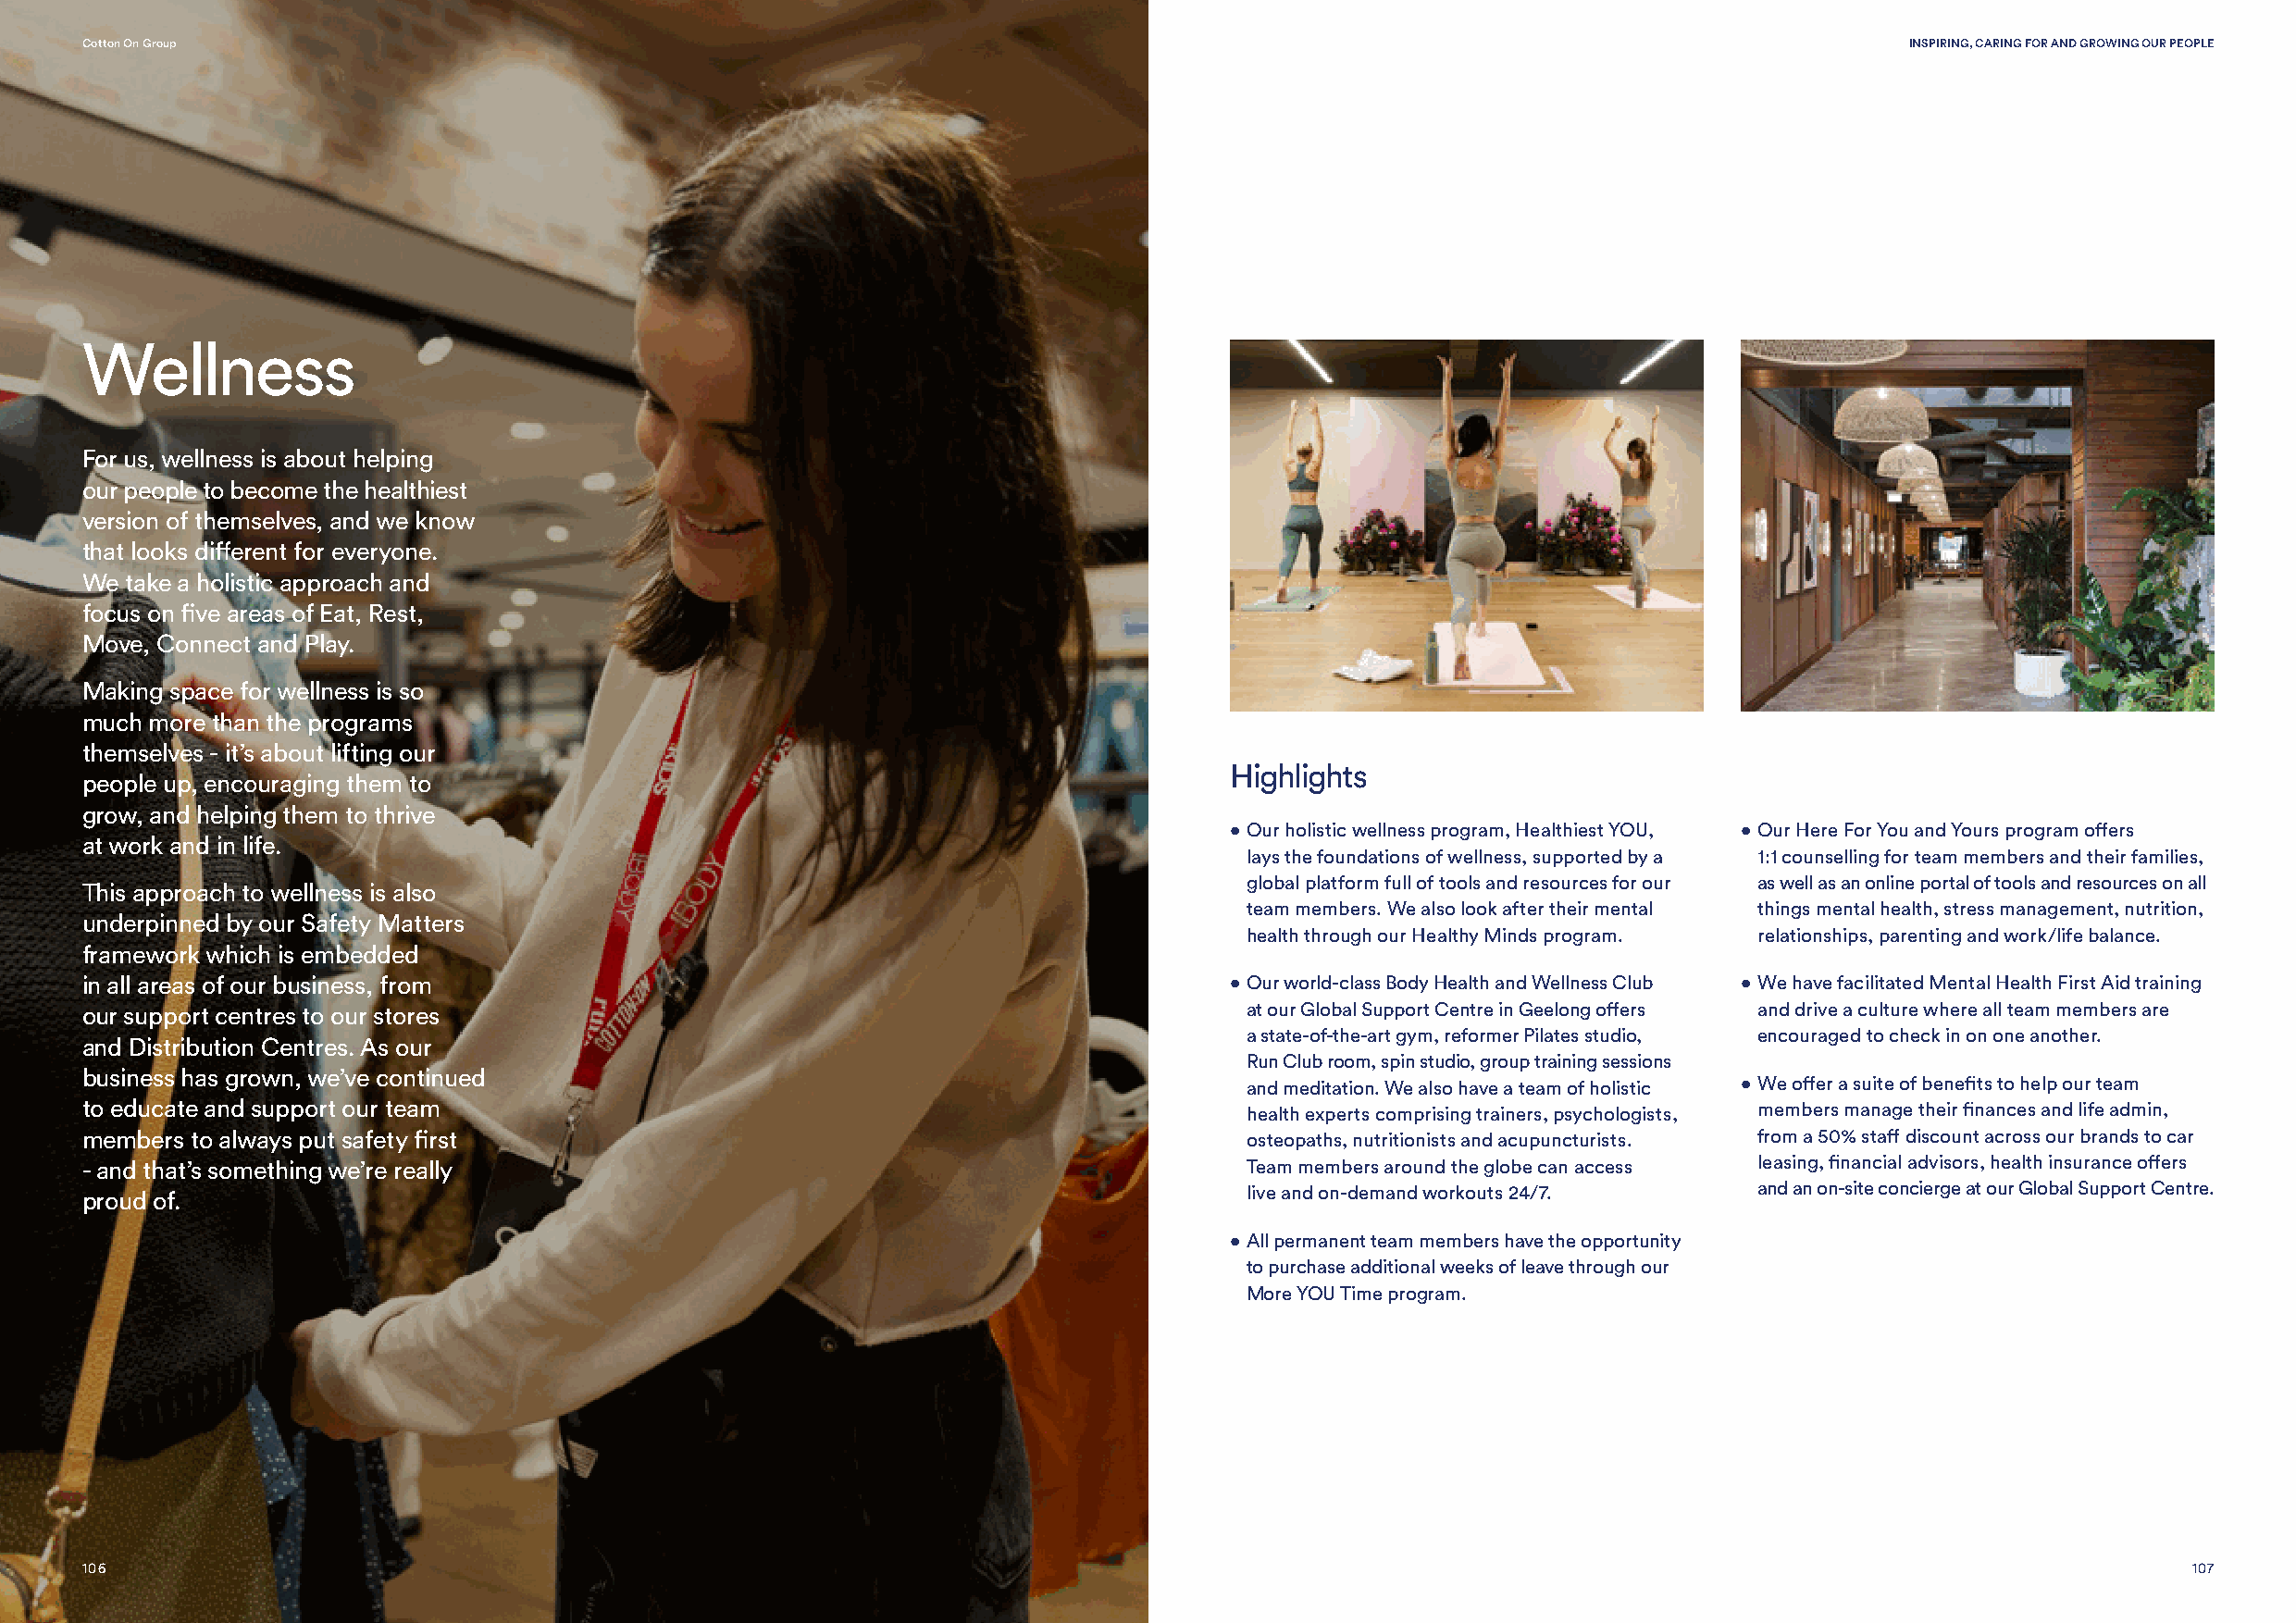
Cotton On Group                                                                                                                    INSPIRING, CARING FOR AND GROWING OUR PEOPLE
 Wellness
 For us, wellness is about helping
 our people to become the healthiest
 version of themselves, and we know
 that looks different for everyone.
 We take a holistic approach and
 focus on five areas of Eat, Rest,
 Move, Connect and Play.
 Making space for wellness is so
 much more than the programs
 themselves - it’s about lifting our
 Highlights
 people up, encouraging them to
 grow, and helping them to thrive
 • Our holistic wellness program, Healthiest YOU, • Our Here For You and Yours program offers
 at work and in life.
 lays the foundations of wellness, supported by a 1:1 counselling for team members and their families,
 global platform full of tools and resources for our as well as an online portal of tools and resources on all
 This approach to wellness is also
 team members. We also look after their mental things mental health, stress management, nutrition,
 underpinned by our Safety Matters
 health through our Healthy Minds program. relationships, parenting and work/life balance.
 framework which is embedded
 in all areas of our business, from                                                • Our world-class Body Health and Wellness Club • We have facilitated Mental Health First Aid training
 our support centres to our stores                                                  at our Global Support Centre in Geelong offers and drive a culture where all team members are
 a state-of-the-art gym, reformer Pilates studio, encouraged to check in on one another.
 and Distribution Centres. As our
 Run Club room, spin studio, group training sessions
 business has grown, we’ve continued
 and meditation. We also have a team of holistic • We offer a suite of benefits to help our team
 to educate and support our team                                                    health experts comprising trainers, psychologists, members manage their finances and life admin,
 members to always put safety first                                                 osteopaths, nutritionists and acupuncturists. from a 50% staff discount across our brands to car
 - and that’s something we’re really                                                Team members around the globe can access leasing, financial advisors, health insurance offers
 live and on-demand workouts 24/7.    and an on-site concierge at our Global Support Centre.
 proud of.
 • All permanent team members have the opportunity
 to purchase additional weeks of leave through our
 More YOU Time program.
 106                                                                                                                                                    107